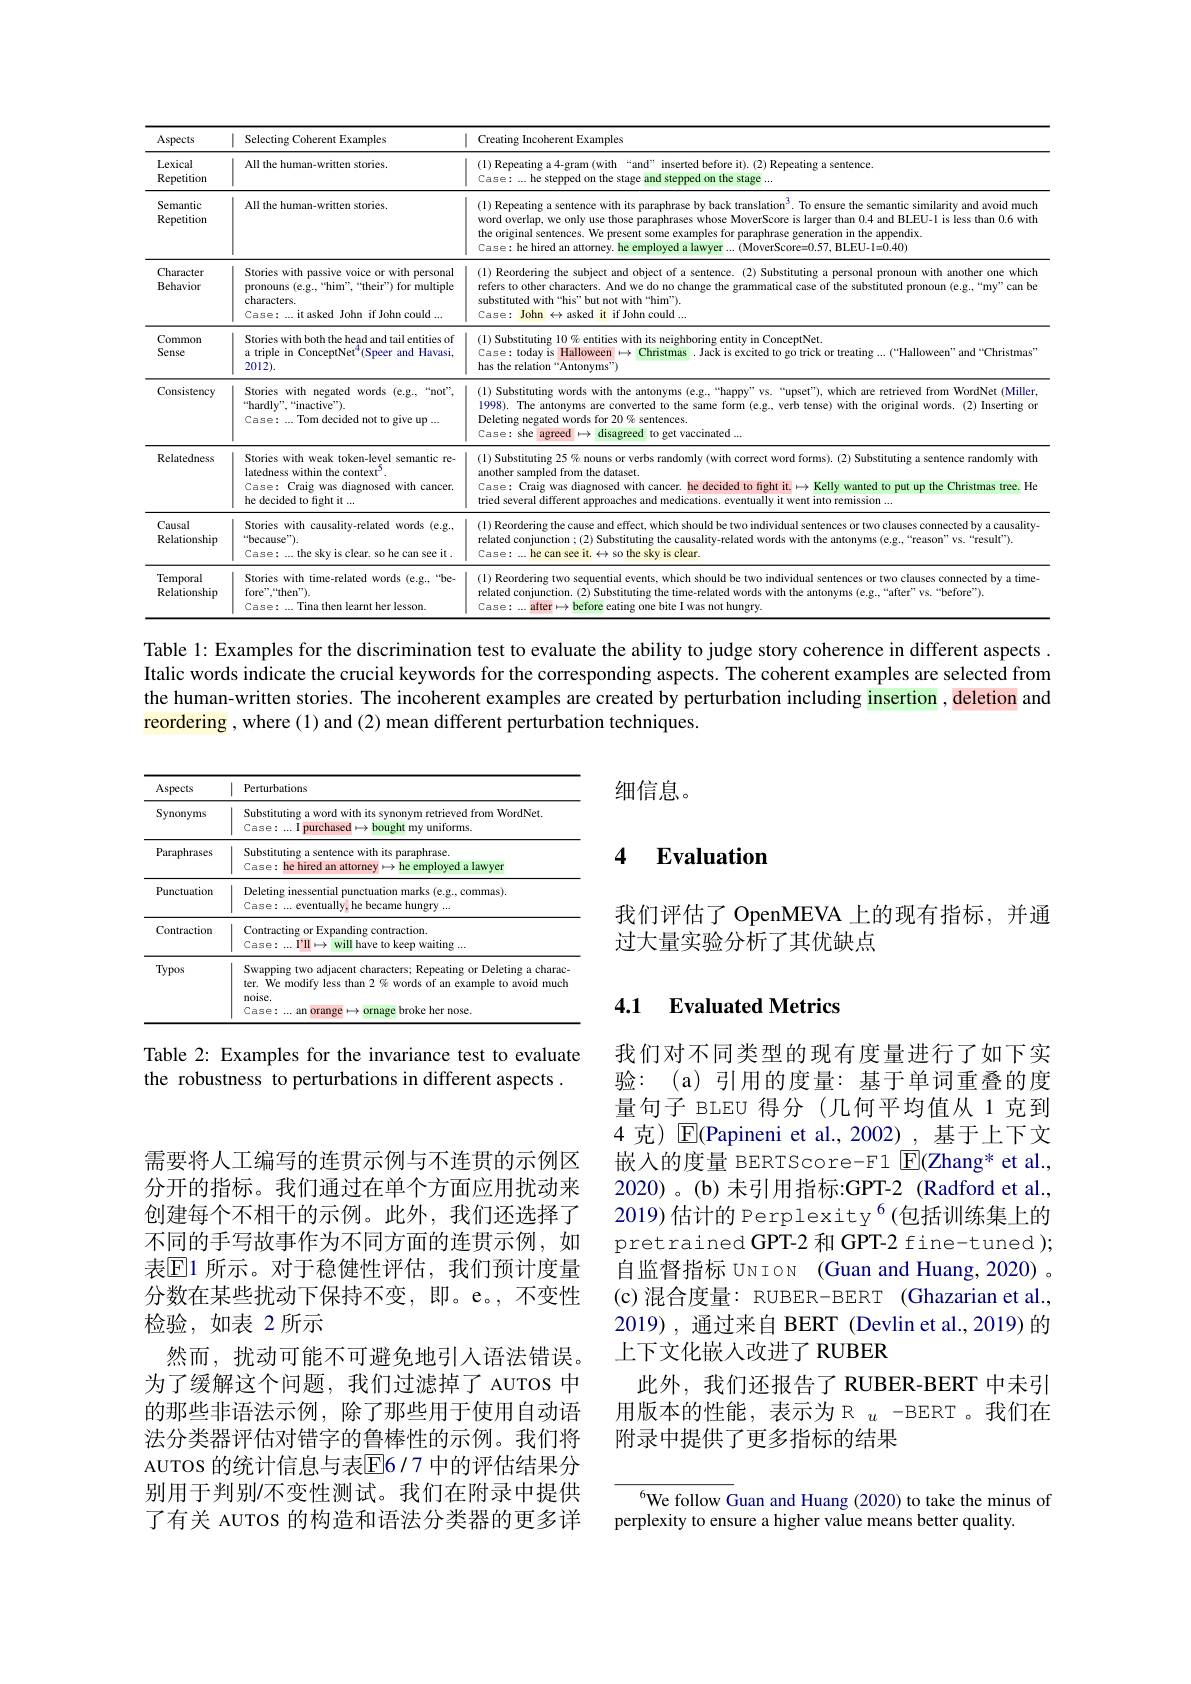
<table>
	<tbody>
		<tr>
			<th>Aspects</th>
			<th>Selecting Coherent Examples</th>
			<th>Creating Incoherent Examples</th>
		</tr>
		<tr>
			<td>Lexical Repetition</td>
			<td>All the human-written stories</td>
			<td>(1) Repeating a 4-gram (with“and” inserted before it).(2) Repeating a sentence. Case: ... he stepped on the stage and stepped on the stage ...</td>
		</tr>
		<tr>
			<td>Semantic Repetition</td>
			<td>All the human-written stories</td>
			<td>(1) Repeating a sentence with its paraphrase by back translation$^{3}.$ To ensure the semantic similarity and avoid much word overlap, we only use those paraphrases whose MoverScore is larger than 0.4 and BLEU-l is less than 0.6 with Case: he hired an attorney. he employed a lawyer ...(MoverScore=0.57, BLEU- l=0.40) the original sentences. We present some examples for paraphrase generation in the appendix.</td>
		</tr>
		<tr>
			<td>Character Behavior</td>
			<td>Stories with passive voice or with personal pronouns (e.g.,“him”,“their”) for multiple characters. Case:...it asked John if John could ...</td>
			<td>(l) Reordering the subject and object of a sentence. (2) Substituting a personal pronoun with another one which refers to other characters. And we do no change the grammatical case of the substituted pronoun (e.g.,“my"can be Case: John $\leftrightarrow$ asked it if John could ... substituted with“his”but not with“him”).</td>
		</tr>
		<tr>
			<td>Common Sense</td>
			<td>Stories with both the head and tail entities of a triple in ConceptNet$^4$(Speer and Havasi, $201\dot{2}).$</td>
			<td>(1) Substituting l0% entities with its neighboring entity in ConceptNet. Case: today is Halloween $\mapsto\bar{\text{Christmas.Jackisexcitedtogotrickortreating}}...(“Halloween”and“Christmas”$, has the relation“Antonyms”)</td>
		</tr>
		<tr>
			<td>Consistency</td>
			<td>Stories with negated words (e.g.,“not", $^{\mathrm{“}}$hardly”,“inactive”). Case: ...Tom decided not to give up ...</td>
			<td>(1) Substituting words with the antonyms (e.g..“happy”vs.“upset"), which are retrieved from WordNet (Miller 1998). The antonyms are converted to the same form (e.g, verb tense) with the original words. (2) Inserting or Deleting negated words for 20% sentences. Case: she agreed $\mapsto$ disagreed to get vaccinated ...</td>
		</tr>
		<tr>
			<td>Relatedness</td>
			<td>Stories with weak token-level semantic re- latedness within the context$^{5}.$ Case: Craig was diagnosed with cancer. he decided to fight it ...</td>
			<td>(l) Substituting 25% nouns or verbs randomly (with correct word forms). (2) Substituting a sentence randomly with another sampled from the dataset. Case: Craig was diagnosed with cancer. he decided to fight it.$\mapsto$ Kelly wanted to put up the Christmas tree. He tried several different approaches and medications. eventually it went into remission ...</td>
		</tr>
		<tr>
			<td>Causal Relationship</td>
			<td>Stories with causality-related words (e.g., “because”). Case: ...the sky is clear. so he can see it .</td>
			<td>(1) Reordering the cause and effect, which should be two individual sentences or two clauses connected by a causality related conjunction ; (2) Substituting the causality-related words with the antonyms (e.g,“reason”vs.“result"). Case: ...he can see it. $\leftrightarrow$ so the sky is clear.</td>
		</tr>
		<tr>
			<td>Temporal Relationship</td>
			<td>Stories with time-related words (e.g.,“be- fore",“then”). Case: ...Tina then learnt her lesson.</td>
			<td>(1) Reordering two sequential events, which should be two individual sentences or two clauses connected by a time related conjunction. (2) Substituting the time-related words with the antonyms (e.g.,“after" vs.“before”). Case: after$\mapsto$before eating one bite I was not hungry</td>
		</tr>
	</tbody>
</table>

Table 1: Examples for the discrimination test to evaluate the ability to judge story coherence in different aspects . Italic words indicate the crucial keywords for the corresponding aspects. The coherent examples are selected from the human-written stories. The incoherent examples are created by perturbation including insertion , deletion and reordering , where (1) and (2) mean different perturbation techniques.

细信息。

### 4 $\textbf{Evaluation}$

<table>
	<tbody>
		<tr>
			<th>Aspects</th>
			<th>Perturbations</th>
		</tr>
		<tr>
			<td>Synonyms</td>
			<td>Substituting a word with its synonym retrieved from WordNet. $\mathbb{C}$ase:...I purchased$\mapsto$bought my uniforms.</td>
		</tr>
		<tr>
			<td>Paraphrases</td>
			<td>Substituting a sentence with its paraphrase. Case: he hired an attorney $\mapsto$ he employed a lawyer</td>
		</tr>
		<tr>
			<td>Punctuation</td>
			<td>Deleting inessential punctuation marks (e.g., commas). Case: ... eventually, he became hungry ...</td>
		</tr>
		<tr>
			<td>Contraction</td>
			<td>Contracting or Expanding contraction. Case: ... I'II $\mapsto$ will have to keep waiting ...</td>
		</tr>
		<tr>
			<td>Typos</td>
			<td>Swapping two adjacent characters; Repeating or Deleting a charac ter. We modify less than $2\%$ words of an example to avoid much noise. Case: ... an deris $\overline{\text{orange}}\mapsto0$ ornage broke her nose.</td>
		</tr>
	</tbody>
</table>

我们评估了 OpenMEVA 上的现有指标，并通
过大量实验分析了其优缺点

## 4.1 Evaluated Metrics

Table 2: Examples for the invariance test to evaluate
the robustness to perturbations in different aspects .

我们对不同类型的现有度量进行了如下实验：(a)引用的度量：基于单词重叠的度量句子 BLEU 得分(几何平均值从 1 克到4 克) $\overline{\mathrm{E}}($Papineni et al.,2002),基于上下文嵌入的度量 BERTScore-F1 $\boxed{\mathrm{F} }($Zhang* et al. , 2020)。(b)末引用指标：GPT-2(Radford et al., 2019) 估计的 Perplexity $^{6}$(包括训练集上的pretrained GPT-2 和 GPT-2 fine-tuned ); 自监督指标 UNION (Guan and Huang, 2020) (c)混合度量：RUBER-BERT (Ghazarian et al., 2019), 通过来自 BERT (Devlin et al., 2019) 的上下文化嵌入改进了 RUBER
此外，我们还报告了 RUBER-BERT 中未引用版本的性能，表示为 R $u-$BERT。我们在附录中提供了更多指标的结果

需要将人工编写的连贯示例与不连贯的示例区分开的指标。我们通过在单个方面应用扰动来创建每个不相干的示例。此外，我们还选择了不同的手写故事作为不同方面的连贯示例，如表$\mathbb{E}$1 所示。对于稳健性评估，我们预计度量分数在某些扰动下保持不变，即。e。,不变性检验，如表 2所示
然而，扰动可能不可避免地引入语法错误为了缓解这个问题，我们过滤掉了 AUTOS 中的那些非语法示例，除了那些用于使用自动语法分类器评估对错字的鲁棒性的示例。我们将AUTOS 的统计信息与表$\overline{\mathrm{E}}6/7$ 中的评估结果分别用于判别/不变性测试。我们在附录中提供了有关 AUTOS 的构造和语法分类器的更多详

$^{6}$We follow Guan and Huang (2020) to take the minus of
perplexity to ensure a higher value means better quality.